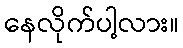
နေလိုက်ပါ့လား။